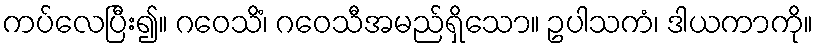
ကပ်လေပြီး၍။ ဂဝေသိံ၊ ဂဝေသီအမည်ရှိသော။ ဥပါသကံ၊ ဒါယကာကို။